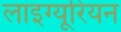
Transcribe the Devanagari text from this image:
लाइग्यूरियन